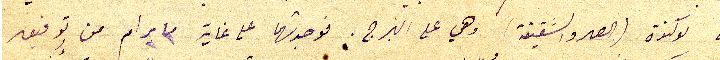
الى لوكندة (الصهر والشقيقة) وهي على البرج. فوجدتها على غاية ما يرام من توفيق